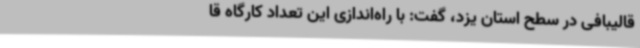
قالیبافی در سطح استان یزد، گفت: با راه‌اندازی این تعداد کارگاه قا